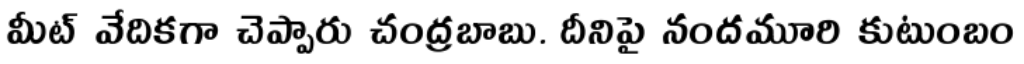
మీట్ వేదికగా చెప్పారు చంద్రబాబు. దీనిపై నందమూరి కుటుంబం